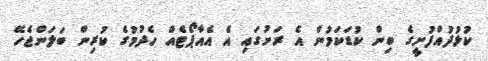
ކުޅުދުއްފުށީގެ ބިން ކުޑަކަމުން އެ ރަށުގައި އެ އެއާޕޯޓެއް ހެދުމުގެ ކުރިން ބަލަންޖެހޭ